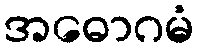
အဓောဂမံ